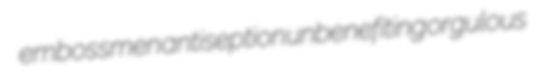
embossmen antiseption unbenefiting orgulous